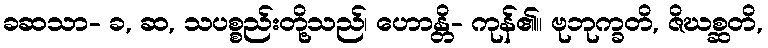
ခဆသာ- ခ, ဆ, သပစ္စည်းတို့သည်၊ ဟောန္တိ- ကုန်၏။ ဗုဘုက္ခတိ, ဇိဃစ္ဆတိ,